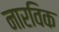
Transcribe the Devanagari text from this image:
नारविक